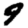
Digit: 9